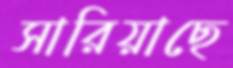
সারিয়াছে